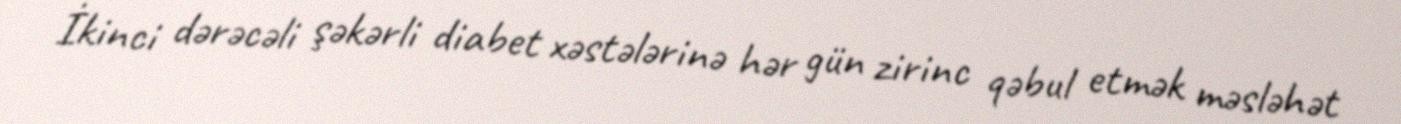
İkinci dərəcəli şəkərli diabet xəstələrinə hər gün zirinc qəbul etmək məsləhət